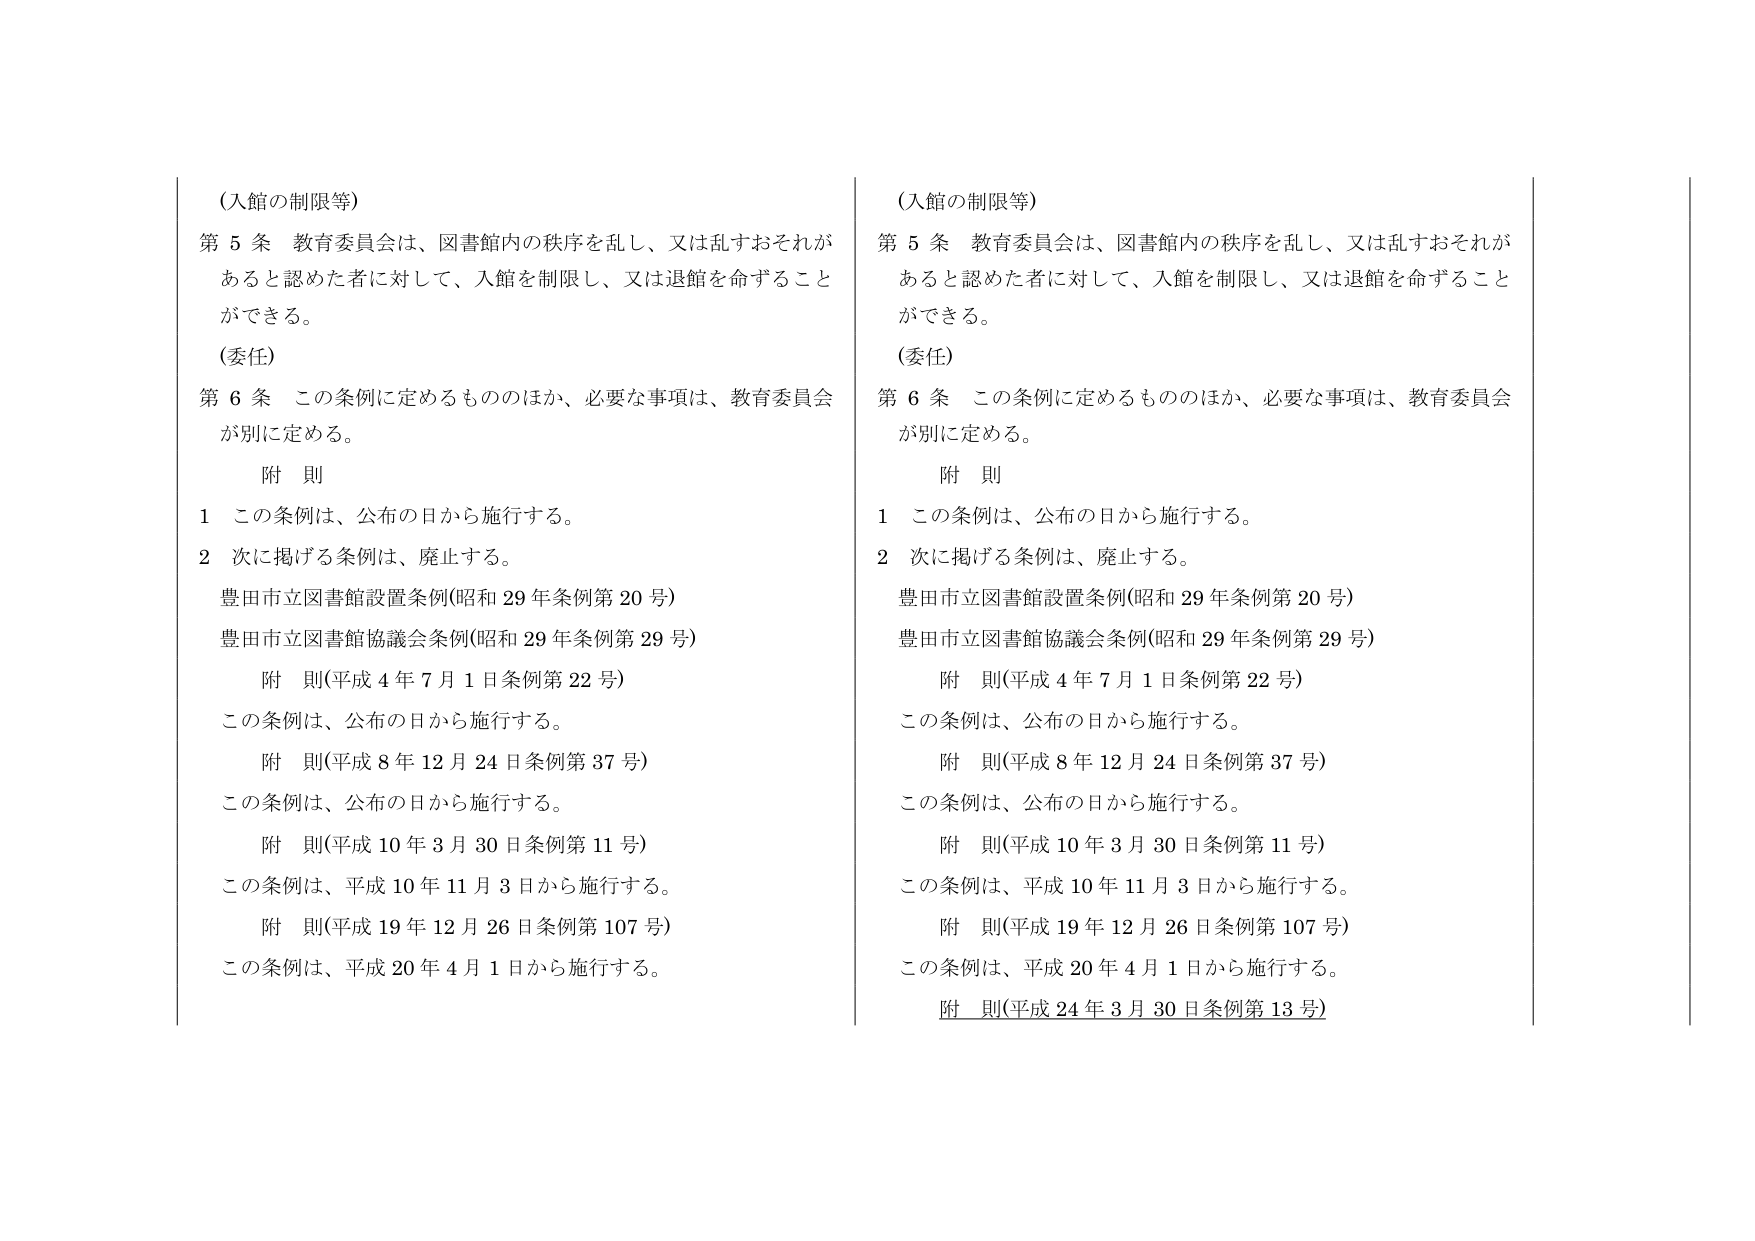
（入館の制限等）
第５条 教育委員会は、図書館内の秩序を乱し、又は乱すおそれがあると認めた者に対して、入館を制限し、又は退館を命ずることができる。
（委任）
第６条 この条例に定めるもののほか、必要な事項は、教育委員会が別に定める。
附 則
１ この条例は、公布の日から施行する。
２ 次に掲げる条例は、廃止する。
　豊田市立図書館設置条例（昭和29年条例第20号）
　豊田市立図書館協議会条例（昭和29年条例第29号）
　附 則（平成4年7月1日条例第22号）
　この条例は、公布の日から施行する。
　附 則（平成8年12月24日条例第37号）
　この条例は、公布の日から施行する。
　附 則（平成10年3月30日条例第11号）
　この条例は、平成10年11月3日から施行する。
　附 則（平成19年12月26日条例第107号）
　この条例は、平成20年4月1日から施行する。

（入館の制限等）
第５条 教育委員会は、図書館内の秩序を乱し、又は乱すおそれがあると認めた者に対して、入館を制限し、又は退館を命ずることができる。
（委任）
第６条 この条例に定めるもののほか、必要な事項は、教育委員会が別に定める。
附 則
１ この条例は、公布の日から施行する。
２ 次に掲げる条例は、廃止する。
　豊田市立図書館設置条例（昭和29年条例第20号）
　豊田市立図書館協議会条例（昭和29年条例第29号）
　附 則（平成4年7月1日条例第22号）
　この条例は、公布の日から施行する。
　附 則（平成8年12月24日条例第37号）
　この条例は、公布の日から施行する。
　附 則（平成10年3月30日条例第11号）
　この条例は、平成10年11月3日から施行する。
　附 則（平成19年12月26日条例第107号）
　この条例は、平成20年4月1日から施行する。
　附 則（平成24年3月30日条例第13号）